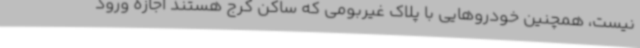
نیست، همچنین خودروهایی با پلاک غیربومی که ساکن کرج هستند اجازه ورود